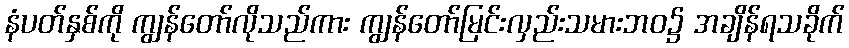
နံပတ်နှစ်ကို ကျွန်တော်လိုသည်ကား ကျွန်တော်မြင်းလှည်းသမားဘဝ၌ အချိန်ရသခိုက်